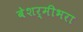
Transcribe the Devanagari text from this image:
बेशर्मीभरा